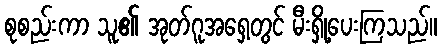
စုစည်းကာ သူ၏ အုတ်ဂူအရှေ့တွင် မီးရှို့ပေးကြသည်။